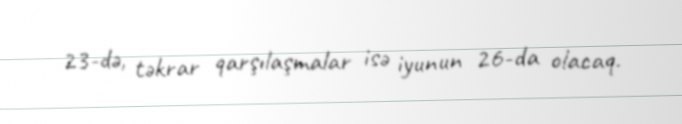
23-də, təkrar qarşılaşmalar isə iyunun 26-da olacaq.